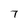
Character: 7